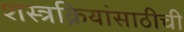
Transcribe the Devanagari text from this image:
शस्त्रक्रियांसाठीची